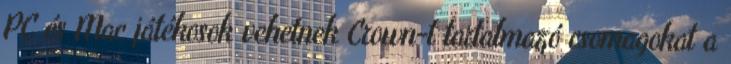
PC és Mac játékosok vehetnek Crown-t tartalmazó csomagokat a